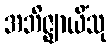
အဘိဇ္ဈာယိံသု